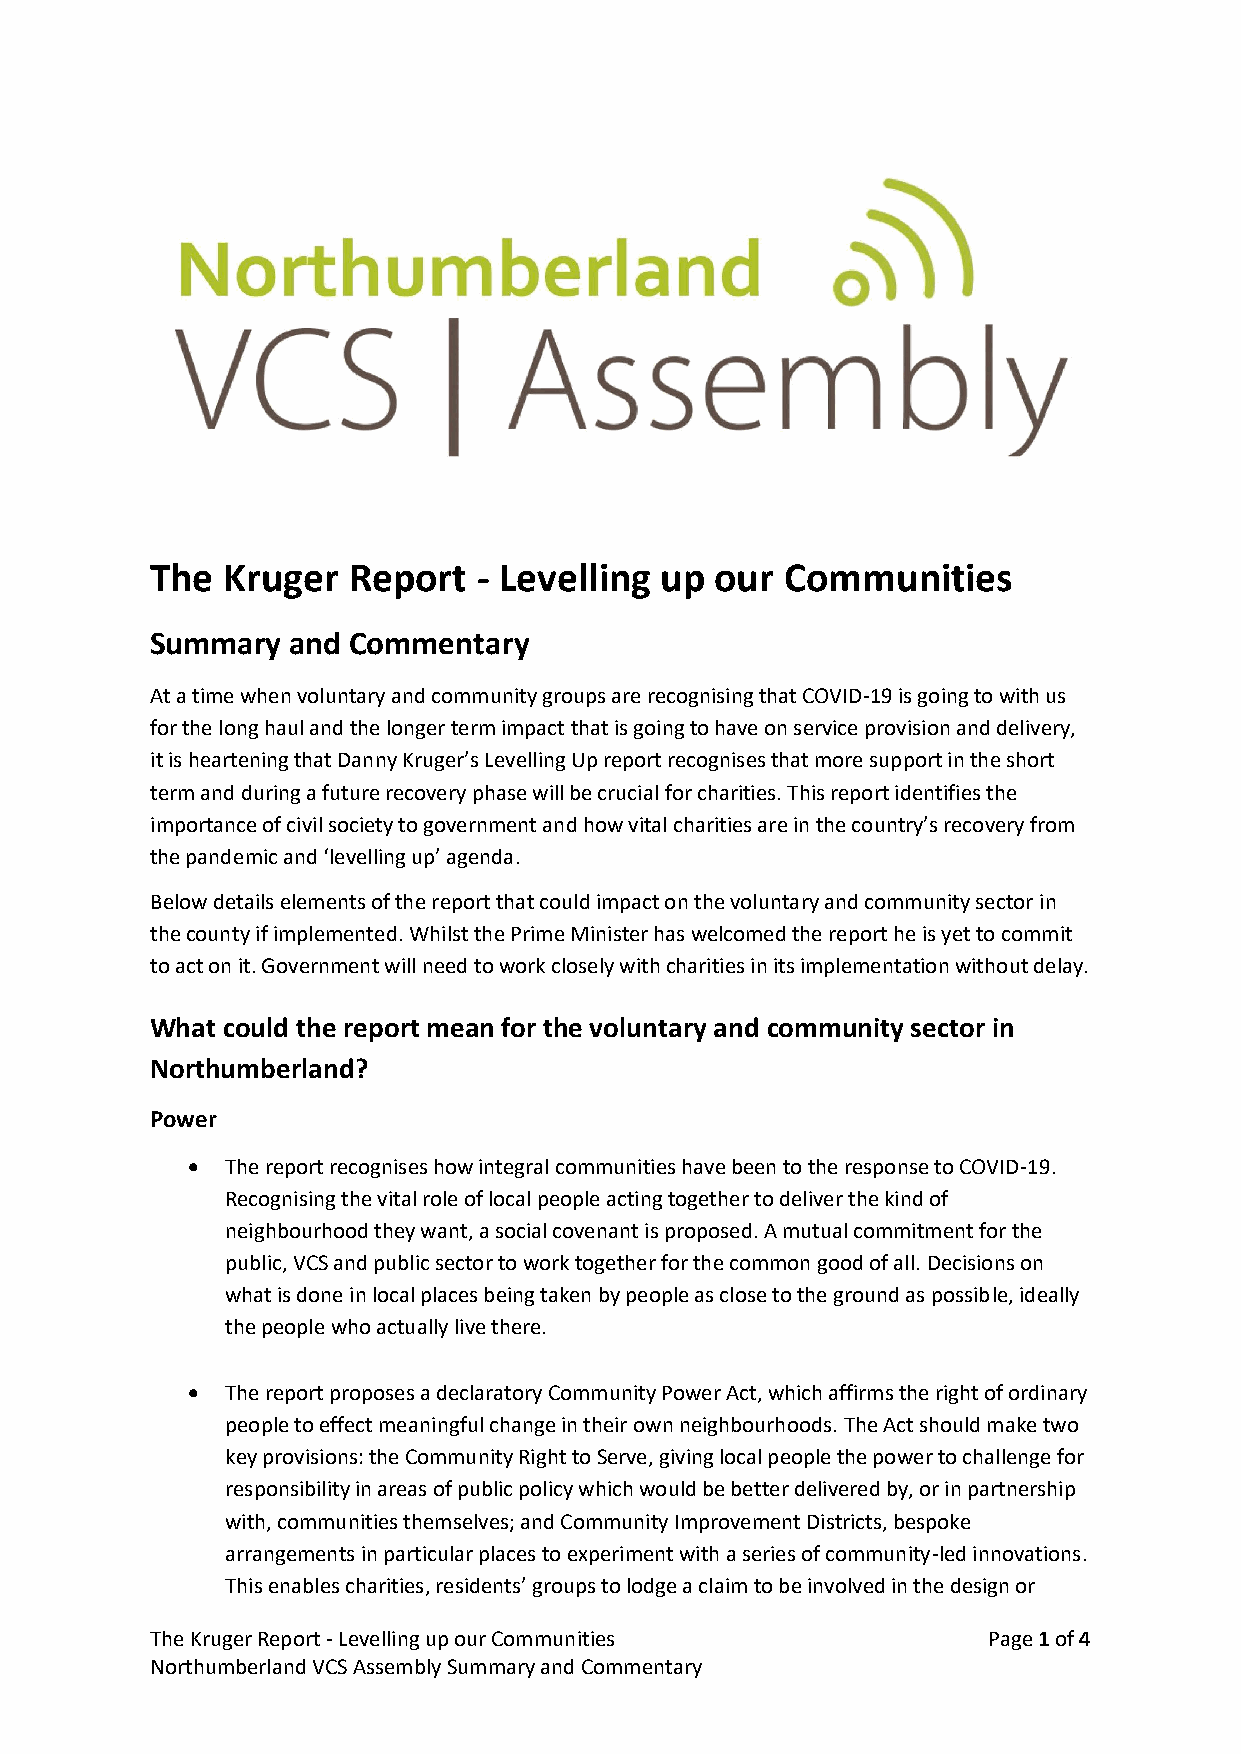
The  Kruger  Report   - Levelling up our  Communities
 Summary  and Commentary
 At a time when voluntary and community groups are recognising that COVID-19 is going to with us
 for the long haul and the longer term impact that is going to have on service provision and delivery,
 it is heartening that Danny Kruger’s Levelling Up report recognises that more support in the short
 term and during a future recovery phase will be crucial for charities. This report identifies the
 importance of civil society to government and how vital charities are in the country’s recovery from
 the pandemic and ‘levelling up’ agenda.
 Below details elements of the report that could impact on the voluntary and community sector in
 the county if implemented. Whilst the Prime Minister has welcomed the report he is yet to commit
 to act on it. Government will need to work closely with charities in its implementation without delay.
 What could the report mean for the voluntary and community sector in
 Northumberland?
 Power
 •  The report recognises how integral communities have been to the response to COVID-19.
 Recognising the vital role of local people acting together to deliver the kind of
 neighbourhood they want, a social covenant is proposed. A mutual commitment for the
 public, VCS and public sector to work together for the common good of all. Decisions on
 what is done in local places being taken by people as close to the ground as possible, ideally
 the people who actually live there.
 •  The report proposes a declaratory Community Power Act, which affirms the right of ordinary
 people to effect meaningful change in their own neighbourhoods. The Act should make two
 key provisions: the Community Right to Serve, giving local people the power to challenge for
 responsibility in areas of public policy which would be better delivered by, or in partnership
 with, communities themselves; and Community Improvement Districts, bespoke
 arrangements in particular places to experiment with a series of community-led innovations.
 This enables charities, residents’ groups to lodge a claim to be involved in the design or
 The Kruger Report - Levelling up our Communities       Page 1 of 4
 Northumberland VCS Assembly Summary and Commentary